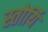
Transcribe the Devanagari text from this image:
स्तोर्यि